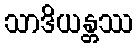
သာဒိယန္တဿ